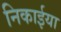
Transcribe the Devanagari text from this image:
निकाईया